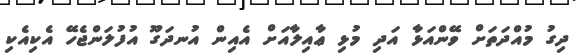
ދިގު މުއްދަތަށް ވޭންއަޅާ އަދި މުޅި ޢާއިލާއަށް އެއިން އުނދަގޫ އުފުލަންޖެހޭ އެކިއެކި